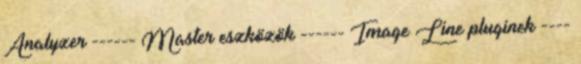
Analyzer ------ Master eszközök ------ Image Line pluginek ----